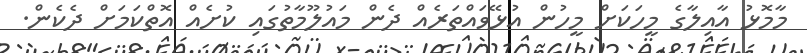
މާމޮޅު އާއިލާގެ މީހަކަށް މީހުން އުޅޭވައްތަރެއް ދެން މައުލޫމާތުގައި ކުށެއް އޮތްކަމަށް ދެކެން.